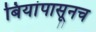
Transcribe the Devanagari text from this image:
बियांपासूनच